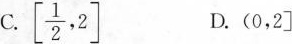
C.[ \frac{1}{2},2] D.(0,2]